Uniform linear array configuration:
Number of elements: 32
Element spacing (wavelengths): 0.25
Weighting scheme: exponential
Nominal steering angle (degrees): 0
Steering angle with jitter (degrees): -0.1179
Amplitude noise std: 0.05
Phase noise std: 0.05

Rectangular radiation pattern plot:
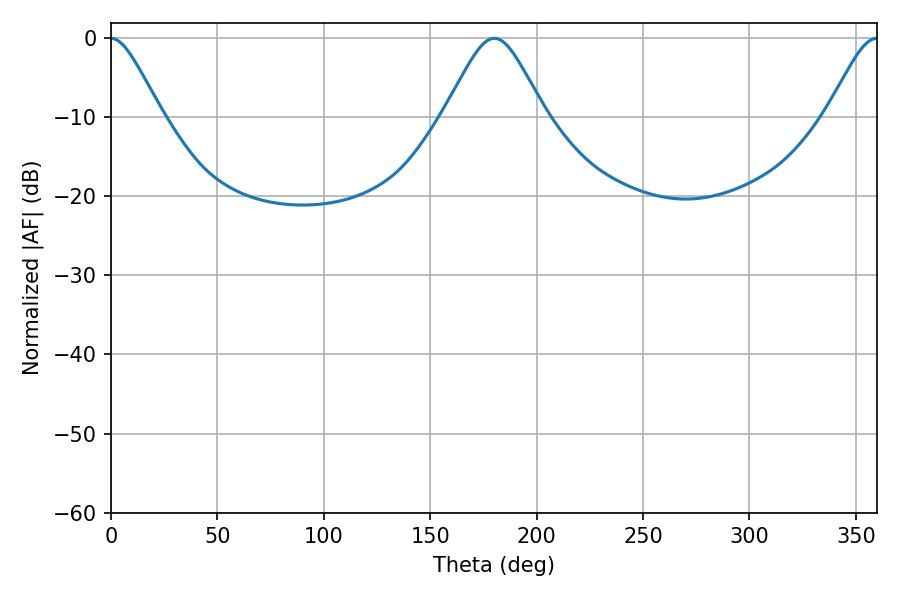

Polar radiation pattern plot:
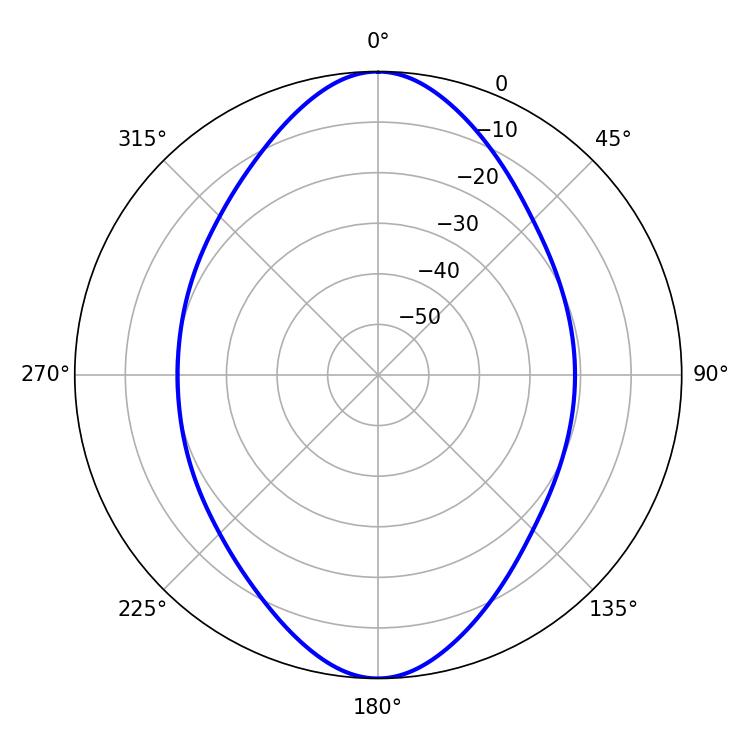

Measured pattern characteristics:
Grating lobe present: FALSE
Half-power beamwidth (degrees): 23.04
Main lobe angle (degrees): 180.18